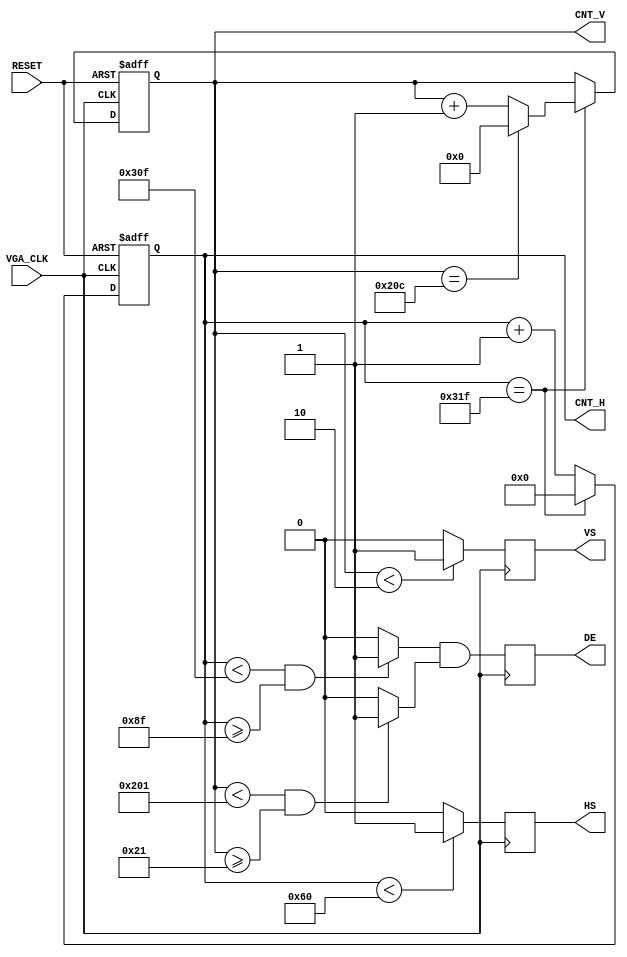
// VGA Sync generator

module video_sync_generator
#(
// timing parameters
parameter hor_line  = 800,
parameter hor_front = 16,
parameter H_sync_cycle = 96,
parameter hor_back  = 144, //48?

parameter vert_line  = 525,

parameter vert_front = 11,
parameter V_sync_cycle = 2,
parameter vert_back  = 34
)

(
 input RESET,
 input VGA_CLK,
 output reg DE,
 output reg HS,
 output reg VS,
 
 output  [10:0] CNT_H,
 output  [9 :0] CNT_V
 );


/*
--VGA Timing
--Horizontal :
--                   ___________                 _____________
--                  |           |               |
--__________________|  VIDEO    |_______________|  VIDEO (next line)
--
--            _                       _
--___________| |_____________________| |______________________
--            B <-C-><----D----><-E->
--           <------------A--------->
--The Unit used below are pixels;  
--  B->Sync_cycle                   :H_sync_cycle
--  C->Back_porch                   :hor_back
--  D->Visible Area
--  E->Front porch                  :hor_front
--  A->horizontal line total length :hor_line
--Vertical :
--                  ___________                 _____________
--                 |           |               |          
--_________________|  VIDEO    |_______________|  VIDEO (next frame)
--
--           _                       _
--__________| |_____________________| |______________________
--           P <-Q-><----R----><-S->
--          <-----------O---------->
--The Unit used below are horizontal lines;  
--  P->Sync_cycle                   :V_sync_cycle
--  Q->Back_porch                   :vert_back
--  R->Visible Area
--  S->Front porch                  :vert_front
--  O->vertical line total length   :vert_line
*/

//////////////////////////
reg [10:0] h_cnt;
reg [9:0]  v_cnt;
wire cHD, cVD, cDE, hor_valid, vert_valid;
///////
always@(posedge VGA_CLK, posedge RESET)
begin
  if (RESET)
  begin
     h_cnt<=11'd0;
     v_cnt<=10'd0;
  end
    else
    begin
      if (h_cnt==hor_line-1)
      begin 
         h_cnt<=11'd0;
         if (v_cnt==vert_line-1)   v_cnt<=10'd0;
          else                     v_cnt<=v_cnt+1;
      end
      else                         h_cnt<=h_cnt+1;
    end
end

//
assign cHD = (h_cnt < H_sync_cycle) ? 1'b1 : 1'b0; // these signals are POS active
assign cVD = (v_cnt < V_sync_cycle) ? 1'b1 : 1'b0;

assign hor_valid =  (h_cnt < (hor_line-hor_front-1)   && h_cnt >= hor_back-1)  ? 1'b1 : 1'b0;
assign vert_valid = (v_cnt < (vert_line-vert_front-1) && v_cnt >= vert_back-1) ? 1'b1 : 1'b0;

assign cDE = hor_valid && vert_valid;

always @(posedge VGA_CLK)
begin
  HS    <= cHD;
  VS    <= cVD;
  DE    <= cDE;
end

assign CNT_H = h_cnt,
       CNT_V = v_cnt;

endmodule